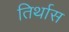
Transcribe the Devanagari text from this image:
तिर्थास